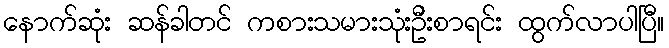
နောက်ဆုံး ဆန်ခါတင် ကစားသမားသုံးဦးစာရင်း ထွက်လာပါပြီ။